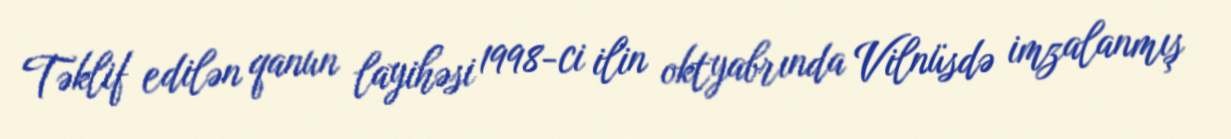
Təklif edilən qanun layihəsi 1998-ci ilin oktyabrında Vilnüsdə imzalanmış